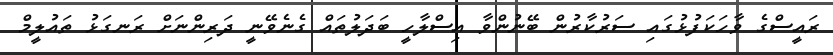
ރައީސްގެ ވާހަކަފުޅުގައި ސަރުކާރުން ބޭނުންވާ އިސްލާހީ ބަދަލުތައް ގެނެވޭނީ ދަރިންނަށް ރަނގަޅު ތައުލީމް